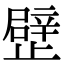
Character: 𣦢